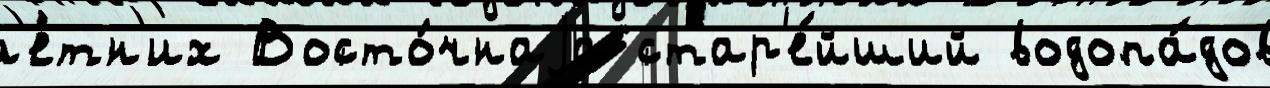
л'е́тн'их Восто́чнаjа стар'е́йший водопа́дов